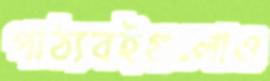
পাঠ্যবইগুলোও